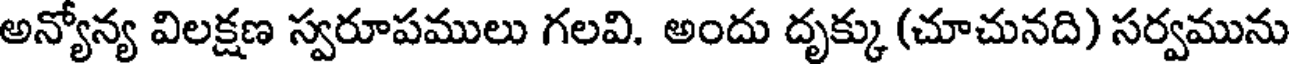
అన్యోన్య విలక్షణ స్వరూపములు గలవి. అందు దృక్కు (చూచునది) సర్వమును